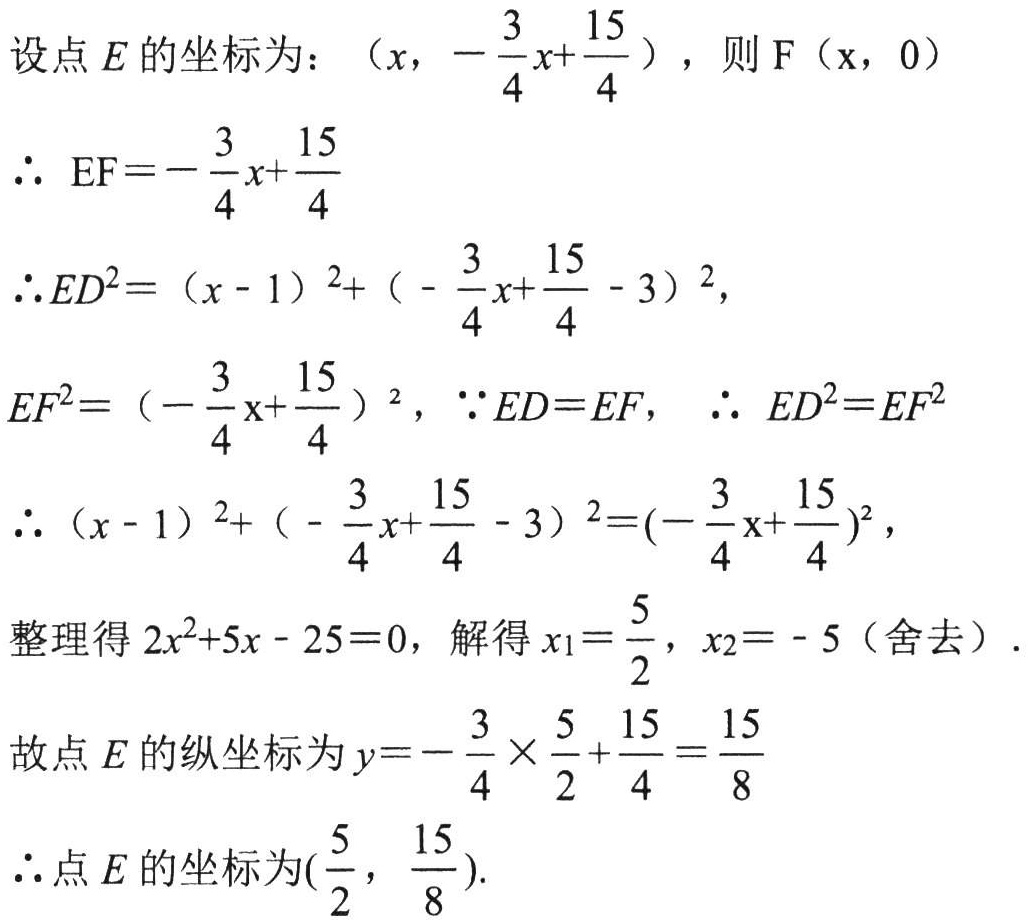
设点\(E\)的坐标为：\((x, -\frac{3}{4}x+\frac{15}{4})\)，则\(F(x, 0)\)
\(\therefore EF = -\frac{3}{4}x+\frac{15}{4}\)
\(\therefore ED^{2}=(x - 1)^{2}+(-\frac{3}{4}x+\frac{15}{4} - 3)^{2},\)
\(EF^{2}=(-\frac{3}{4}x+\frac{15}{4})^{2},\) \(\because ED = EF\)， \(\therefore ED^{2}=EF^{2}\)
\(\therefore (x - 1)^{2}+(-\frac{3}{4}x+\frac{15}{4} - 3)^{2}=(-\frac{3}{4}x+\frac{15}{4})^{2},\)
整理得\(2x^{2}+5x - 25 = 0\)，解得\(x_{1}=\frac{5}{2}\)，\(x_{2}=-5\)（舍去）.
故点\(E\)的纵坐标为\(y = -\frac{3}{4}\times\frac{5}{2}+\frac{15}{4}=\frac{15}{8}\)
\(\therefore\)点\(E\)的坐标为\((\frac{5}{2}, \frac{15}{8})\).